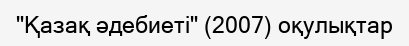
"Қазақ әдебиеті" (2007) оқулықтар